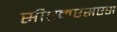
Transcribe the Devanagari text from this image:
सीएमएसएस